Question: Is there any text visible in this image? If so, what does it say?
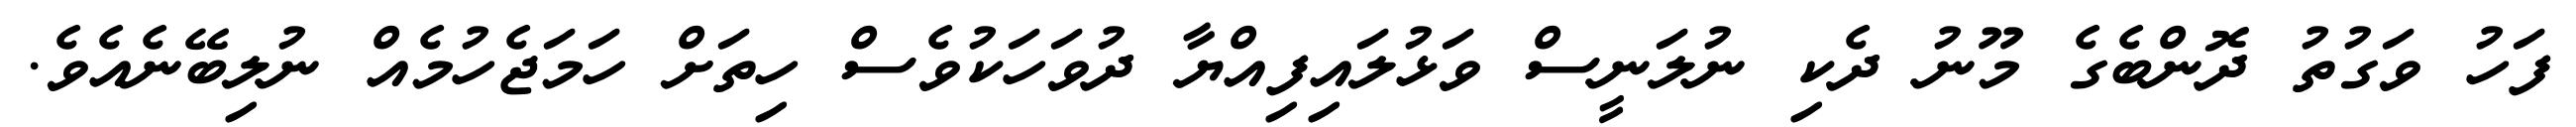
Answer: ފަހު ވަގުތު ދޮންބެގެ މޫނު ދެކި ނުލަނީސް ވަޅުލައިފިއްޔާ ދުވަހަކުވެސް ހިތަށް ހަމަޖެހުމެއް ނުލިބޭނެއެވެ.